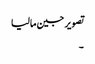
تصویر جین مالیا
۔